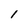
Character: 1